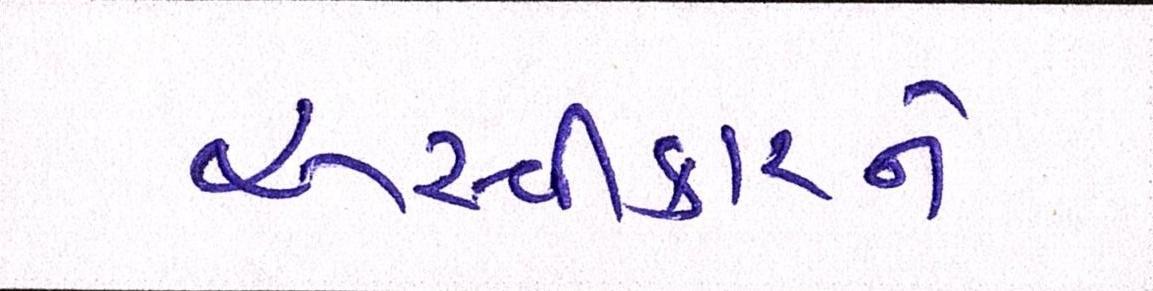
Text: અસ્વીકારને